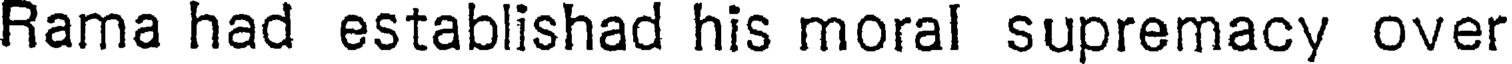
Rama had establishad his moral supremacy over